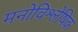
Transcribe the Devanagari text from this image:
मनोविश्लेषिक